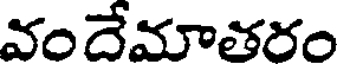
వందేమాతరం